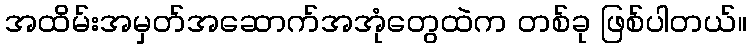
အထိမ်းအမှတ်အဆောက်အအုံတွေထဲက တစ်ခု ဖြစ်ပါတယ်။